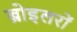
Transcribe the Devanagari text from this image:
ब्रोइलरों